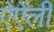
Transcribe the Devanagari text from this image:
ऐऐली